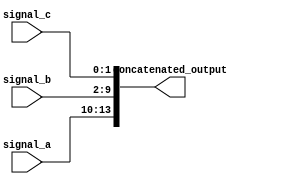
module concat_example(
    input wire [3:0] signal_a,    // 4-bit input signal
    input wire [7:0] signal_b,    // 8-bit input signal
    input wire [1:0] signal_c,    // 2-bit input signal
    output wire [13:0] concatenated_output // 14-bit output signal
);

// Continuous assignment using concatenation
assign concatenated_output = {signal_a, signal_b, signal_c}; // Concatenate signals

endmodule